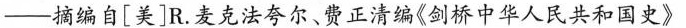
---摘编自[美]R。麦克法夸尔、费正清编《剑桥中华人民共和国史》